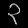
Digit: ၃